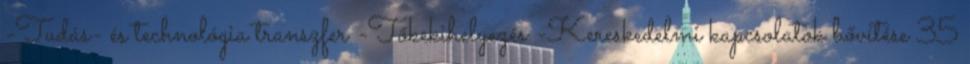
-Tudás- és technológia transzfer -Tőkekihelyezés -Kereskedelmi kapcsolatok bővítése 35